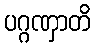
ပဂ္ဂဏှာတိ